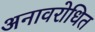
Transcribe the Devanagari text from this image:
अनावरोधित